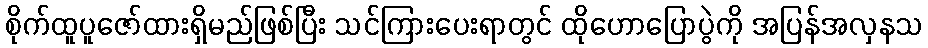
စိုက်ထူပူဇော်ထားရှိမည်ဖြစ်ပြီး သင်ကြားပေးရာတွင် ထိုဟောပြောပွဲကို အပြန်အလှနသ